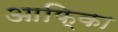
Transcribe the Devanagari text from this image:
आफि्का